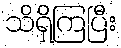
သိရှိကြပြီး